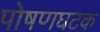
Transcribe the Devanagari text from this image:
पोषणघटक